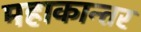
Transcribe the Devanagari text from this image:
महाकान्तर